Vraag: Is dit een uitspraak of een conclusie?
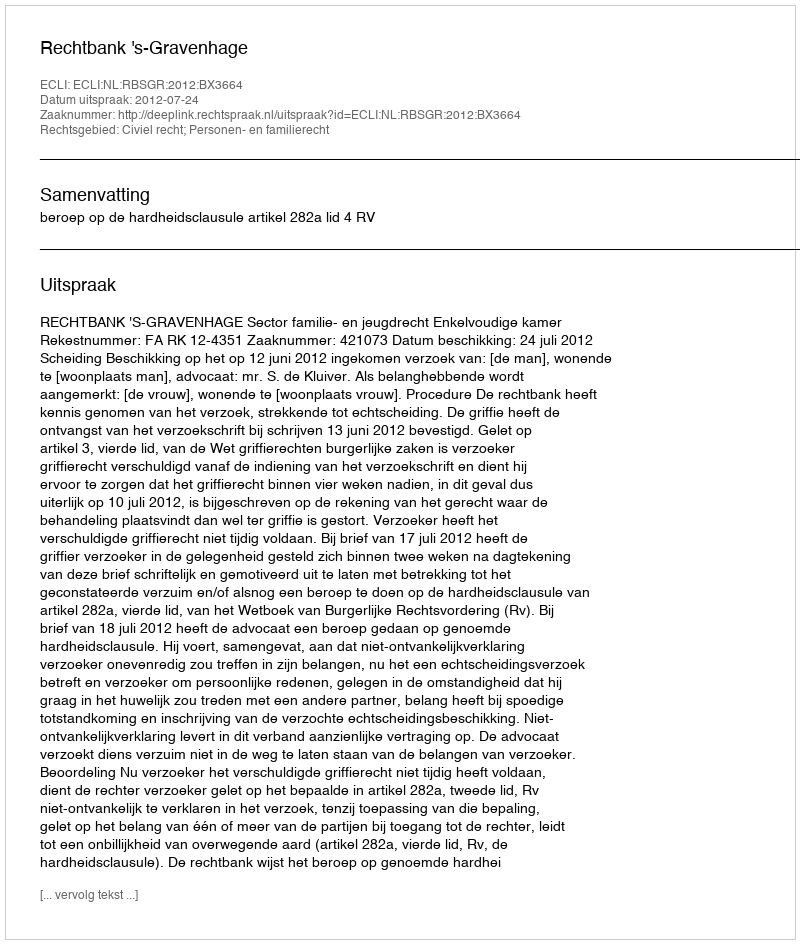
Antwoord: Uitspraak